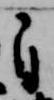
自